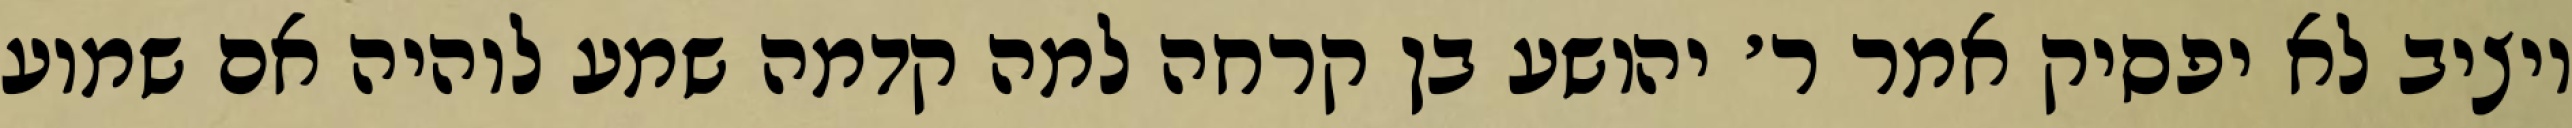
ויציב לא יפסיק אמר ר׳ יהושע בן קרחה למה קדמה שמע לוהיה אם שמוע